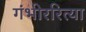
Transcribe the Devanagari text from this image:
गंभीररित्या